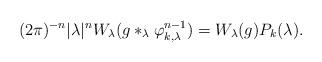
LaTeX: \begin{align*}(2\pi)^{-n} |\lambda|^n W_\lambda( g \ast_\lambda \varphi_{k,\lambda}^{n-1}) = W_\lambda(g) P_k(\lambda).\,\, \end{align*}